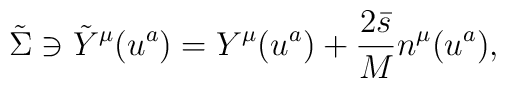
\tilde{\Sigma} \ni \tilde{Y}^{\mu}(u^a) =  Y^{\mu}(u^a) + \frac{2\bar{s}}{M} n^{\mu}(u^a),